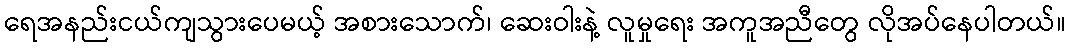
ရေအနည်းငယ်ကျသွားပေမယ့် အစားသောက်၊ ဆေးဝါးနဲ့ လူမှုရေး အကူအညီတွေ လိုအပ်နေပါတယ်။